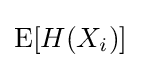
\operatorname {E} [H(X_{i})]